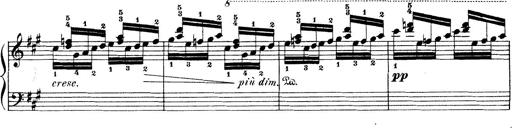
Title: Wagner-Liszt Album
Composer: Franz Liszt